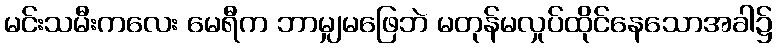
မင်းသမီးကလေး မေရီက ဘာမျှမဖြေဘဲ မတုန်မလှုပ်ထိုင်နေသောအခါ၌